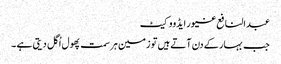
عبدالنافع غیور ایڈووکیٹ
جب بہار کے دن آتے ہیں تو زمین ہر سمت پھول اُگل دیتی ہے ۔